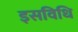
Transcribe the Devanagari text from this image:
इसविधि